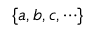
\{ a , b , c , \cdots \}